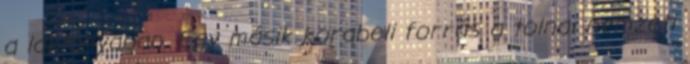
a laktanyában. Egy másik korabeli forrás a tolnai nemzeti